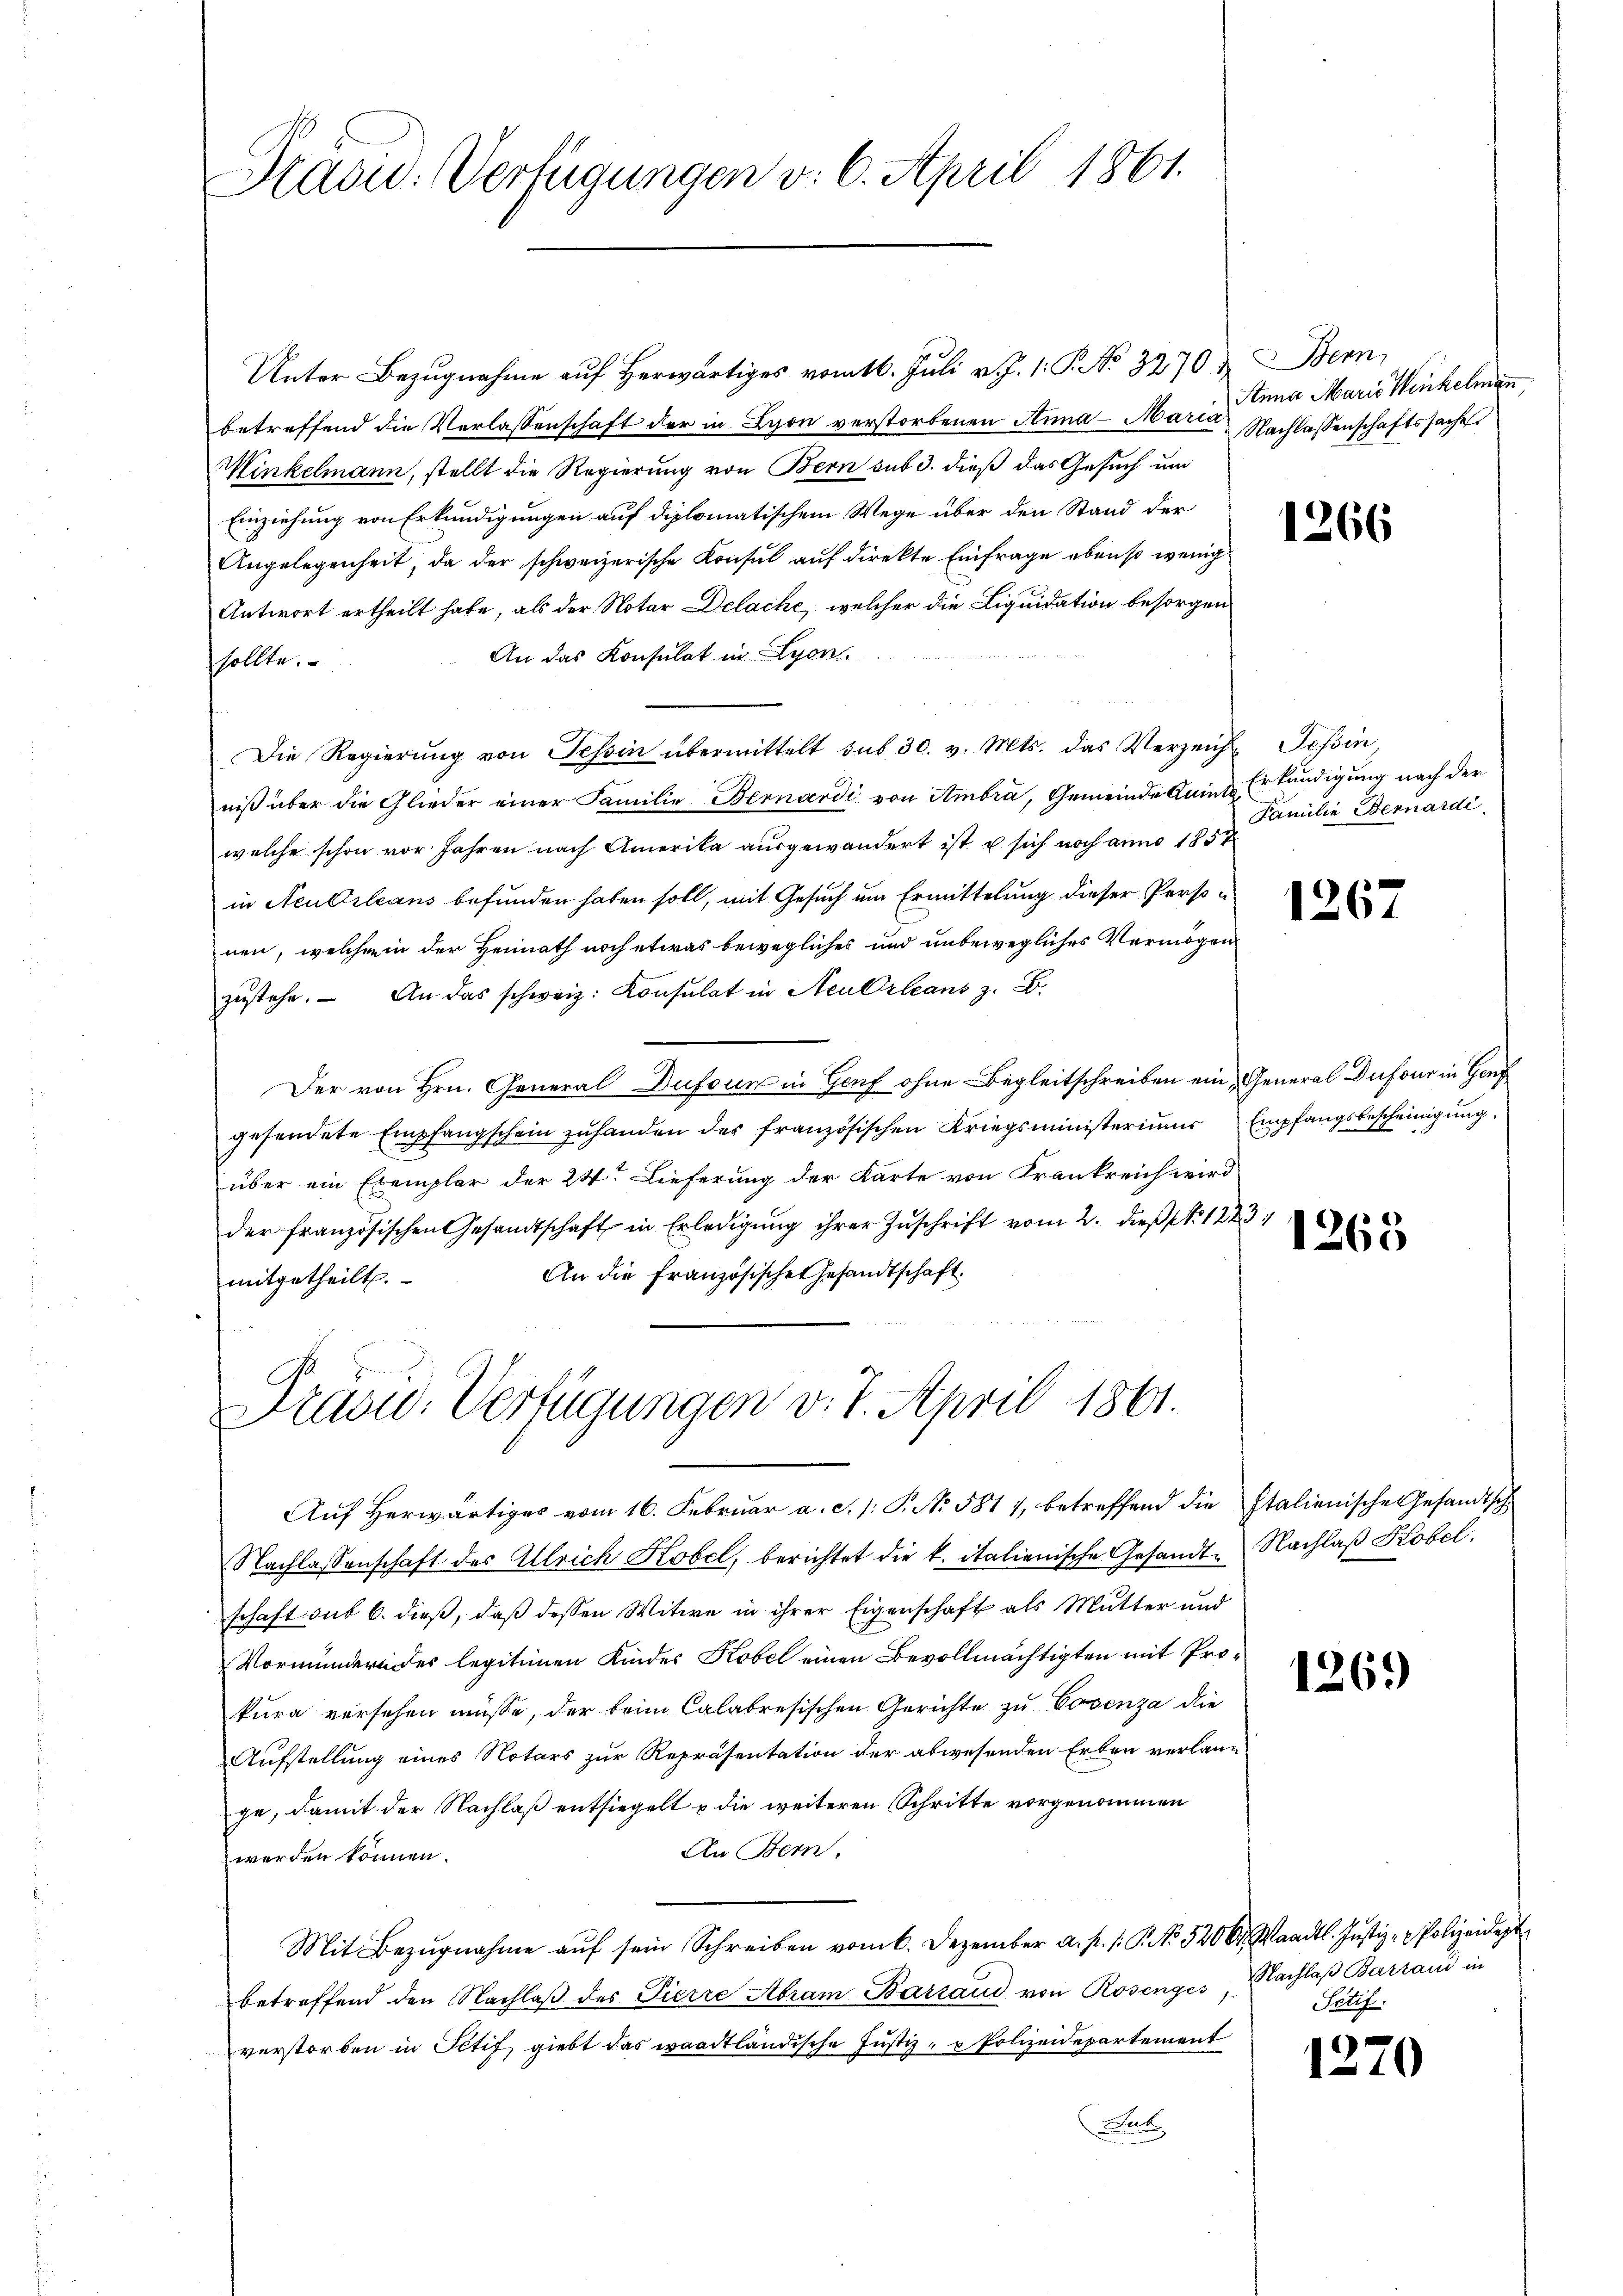
Präsid. Verfügungen v. 6. April 1861.

Unter Bezugnahme auf Herwärtiges vom 16. Juli v. J. 1. P. No 3270 & Bern
betreffend die Verlassenschaft der in Lyon verstorbenen Anna - Mai in Anna Marie Winkelmann
Minkelmann, stellt die Regierung von Bern sub 3. dieß das Gesuch um
Einziehung von Erkundigungen auf diplomatischem Wege über den Stand der
Angelegenheit, da der schweizerische Konsul auf direkte Einfrage ebenso wenig
Antwort ertheilt habe, als der Notar Delache, welcher die Liquidation besorgen
An das Konsulat in Lyon.
sollte.
Die Regierŭng von Tessin übermittelt sub 30. v. Mts. das Verzeicht Tessin,
niß über die Glieder einer Familie Bernardi von Ambra, Gemeinde Ruine Erkändigung nach der
welche schon vor Jahren nach Amerika ausgewandert ist u sich noch anno 1857
in Neubsleans befunden haben soll, mit Gesuch um Ermittelung dieser Personen, welchemin der Heimath noch etwas bewegliches und unbewegliches Vermögen
zŭstehe. An das schweiz. Konsulat in Neu Orleans z. B.
Der von Hrn. General Dufoun in Genf ohne Begleitschreiben ein General Dufour in Genf
gesendete Empfangschein zŭ handen des französischen Kriegsministeriums Empfangsbescheinigung
über ein Exemplar der 24. Lieferung der Karte von Frankreich wird
der französischen Gesandtschaft in Erledigŭng ihrer Zŭschrift vom 2. dieβ N: 1223.
An die Französische Gesandtschaft.
mitgetheilt.

Präsid. Verfügungen v. 7. April 1861.

Nachlassenschaftssache

Auf herwärtiges vom 16. Februar a. c. 1: P. No. 581 1, betreffend die Italienische Gesandtsch
Nachlassenschaft des Ullrich Kobel, berichtet die k. italienische Gesandte Nachlaß Kobel.
schaft sub 6. dieß, daß dessen Witwe in ihrer Eigenschaft als Mutter und
Vormundere des legitimen Kindes Kobel einen Bevollmächtigten mit Prokura versehen müsse, der beim Calabresischen Gerichte zu Cosenza die
Aufstellung eines Notars zur Repräsentation der abwesenden Erben verlang
ge, damit der Nachlaß entsiegelt u die weiteren Schritte vorgenommen
An Bern,
werden können.
Mit Bezŭgnahme aŭf sein Schreiben vom 6. Dezember a. p. /: P. Nr. 5206. Waadt. Justiz- & Polizeidept
betreffend den Nachlaβ des Pierre Abram Barrand von Rosenges Nachlaβ Barrand in
verstorben in Ictif giebt das waadtländische Justiz- & Polizeidepartement
t

1266

Familie Bernardi,

1267

1263

1269

.
Sctif.

1270